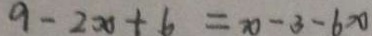
9 - 2 x + 6 = x - 3 - 6 x